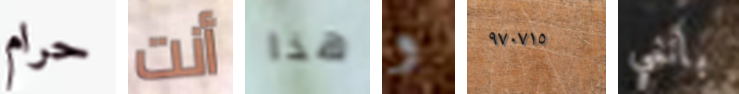
حرام أنت هذا و ٩٧٠٧١٥ بانني